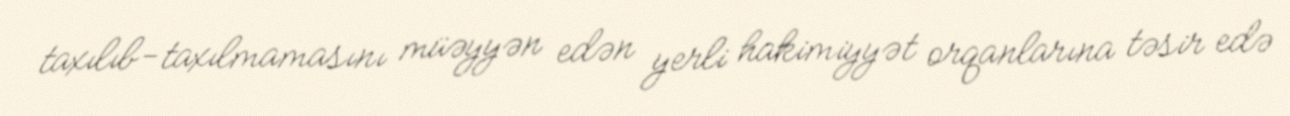
taxılıb-taxılmamasını müəyyən edən yerli hakimiyyət orqanlarına təsir edə